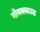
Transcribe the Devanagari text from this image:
गोवक्लाउड